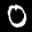
Label: 0